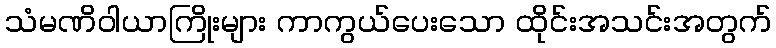
သံမဏိဝါယာကြိုးများ ကာကွယ်ပေးသော ထိုင်းအသင်းအတွက်